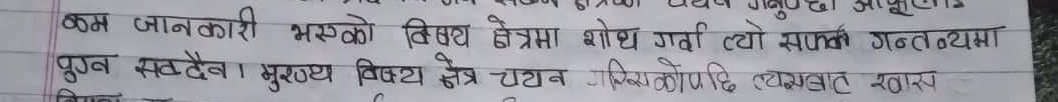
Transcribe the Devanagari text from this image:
कम जानकारी भएको विषय क्षेत्रमा शोध गन्यौ त्यो सफल गन्तव्यमा
पुग्न सक्दैन। मुख्य विषय क्षेत्र चयन गरिसकेपछि त्यसबाट खास